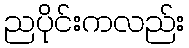
ညပိုင်းကလည်း